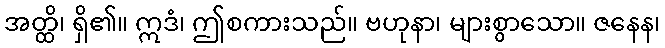
အတ္ထိ၊ ရှိ၏။ ဣဒံ၊ ဤစကားသည်။ ဗဟုနာ၊ များစွာသော။ ဇနေန၊